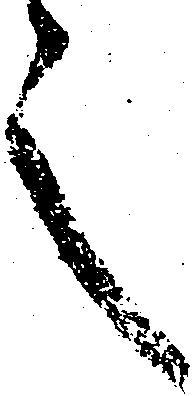
之